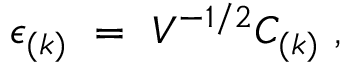
\epsilon _ { ( k ) } ~ = ~ V ^ { - 1 / 2 } { \cal C } _ { ( k ) } \ ,